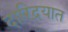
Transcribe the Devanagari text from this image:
दारिद्रयात